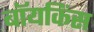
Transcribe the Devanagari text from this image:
बॉयकिंस